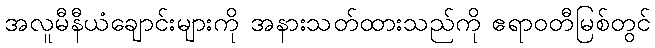
အလူမီနီယံချောင်းများကို အနားသတ်ထားသည်ကို ဧရာဝတီမြစ်တွင်